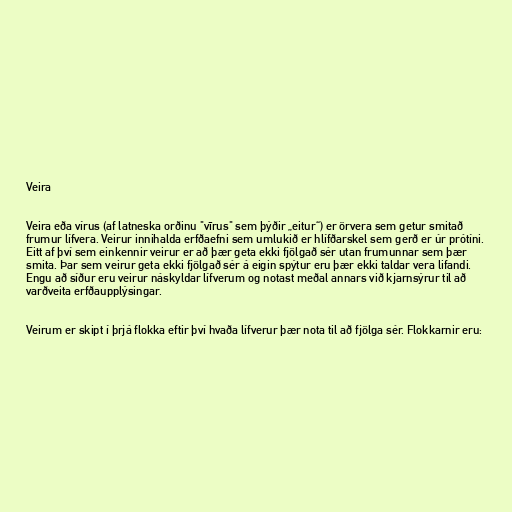
Veira

Veira eða vírus (af latneska orðinu "vīrus" sem þýðir „eitur“) er örvera sem getur smitað
frumur lífvera. Veirur innihalda erfðaefni sem umlukið er hlífðarskel sem gerð er úr prótíni.
Eitt af því sem einkennir veirur er að þær geta ekki fjölgað sér utan frumunnar sem þær
smita. Þar sem veirur geta ekki fjölgað sér á eigin spýtur eru þær ekki taldar vera lifandi.
Engu að síður eru veirur náskyldar lífverum og notast meðal annars við kjarnsýrur til að
varðveita erfðaupplýsingar.

Veirum er skipt í þrjá flokka eftir því hvaða lífverur þær nota til að fjölga sér. Flokkarnir eru: